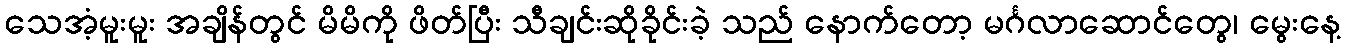
သေအံ့မူးမူး အချိန်တွင် မိမိကို ဖိတ်ပြီး သီချင်းဆိုခိုင်းခဲ့ သည် နောက်တော့ မင်္ဂလာဆောင်တွေ၊ မွေးနေ့